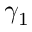
\gamma _ { 1 }